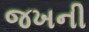
જખની